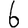
Digit: 6